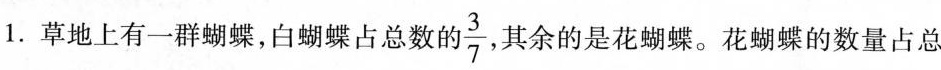
1.草地上有一群蝴蝶，白蝴蝶占总数的 \frac{3}{7} 其余的是花蝴蝶。花蝴蝶的数量占总